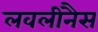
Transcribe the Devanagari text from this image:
लवलीनैस